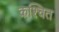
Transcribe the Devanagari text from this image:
कश्चित